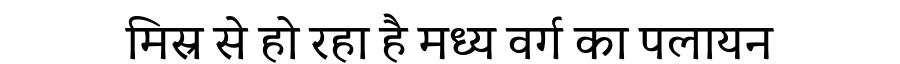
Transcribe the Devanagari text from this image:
मिस्र से हो रहा है मध्य वर्ग का पलायन